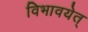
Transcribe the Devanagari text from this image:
विभावयेत्